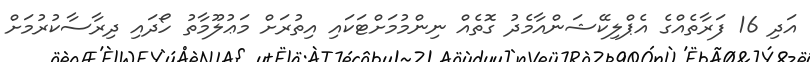
އަދި 16 ފަރާތެއްގެ އެޕްލިކޭޝަންއާމެދު ގޮތެއް ނިންމުމަށްޓަކައި އިތުރަށް މަޢުލޫމާތު ހޯދައި ދިރާސާކުރުމަށް